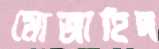
মোজাহিদ